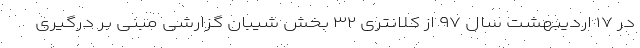
در ۱۷ اردیبهشت سال ۹۷ از کلانتری ۳۲ بخش شیبان گزارشی مبنی بر درگیری